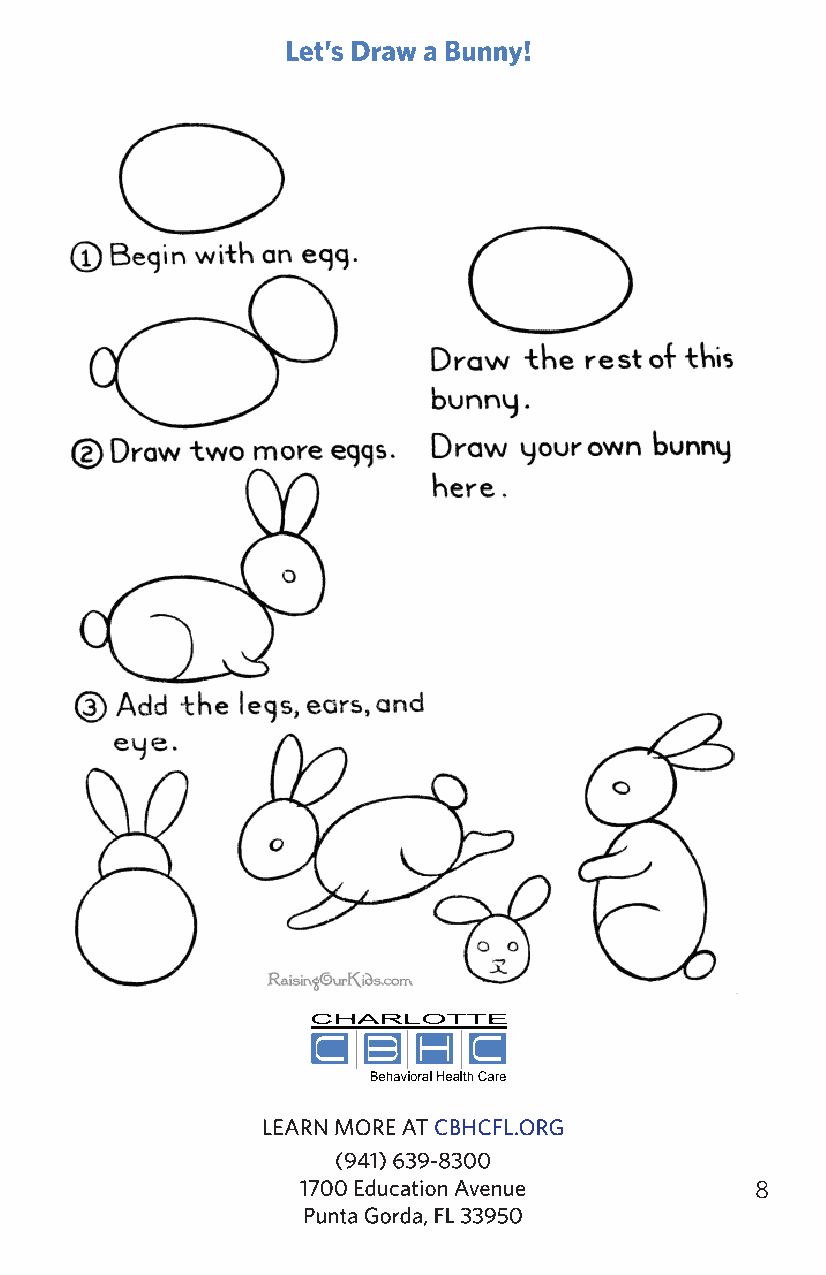
How to Draw a Bunny Rabbit                    Page 1 of 1
 http://activities.raisingourkids.com/learn-how-to-draw/002-how-to-draw-rabbit-bunny.html 5/88/2019